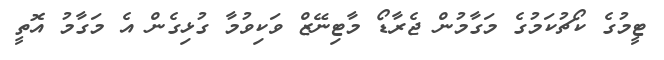
ޓީމުގެ ކޯޗުކަމުގެ މަގާމުން ޖެރާޑޯ މާޓިނޭޒް ވަކިވުމާ ގުޅިގެން އެ މަގާމު އޮތީ